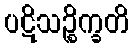
ပဋိသဉ္စိက္ခတိ